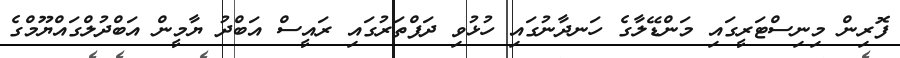
ފޮރިން މިނިސްޓަރީގައި މަންޑޭލާގެ ހަނދާނުގައި ހުޅުވި ދަފްތަރުގައި ރައީސް އަބްދު ޔާމީން އަބްދުލްގައްޔޫމްގެ